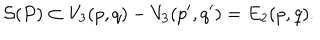
{ \cal S } ( P ) \subset V _ { 3 } ( p , q ) - V _ { 3 } ( p ^ { \prime } , q ^ { \prime } ) = E _ { 2 } ( p , q ) .